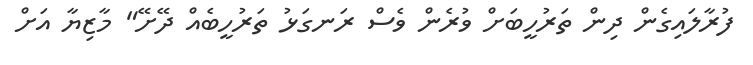
ފުރާލައިގެން ދިން ތަރުހީބަށް ވުރެން ވެސް ރަނގަޅު ތަރުހީބެއް ދޭށޭ" މާޒިޔާ އަށް